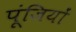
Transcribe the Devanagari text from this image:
पूंजियों